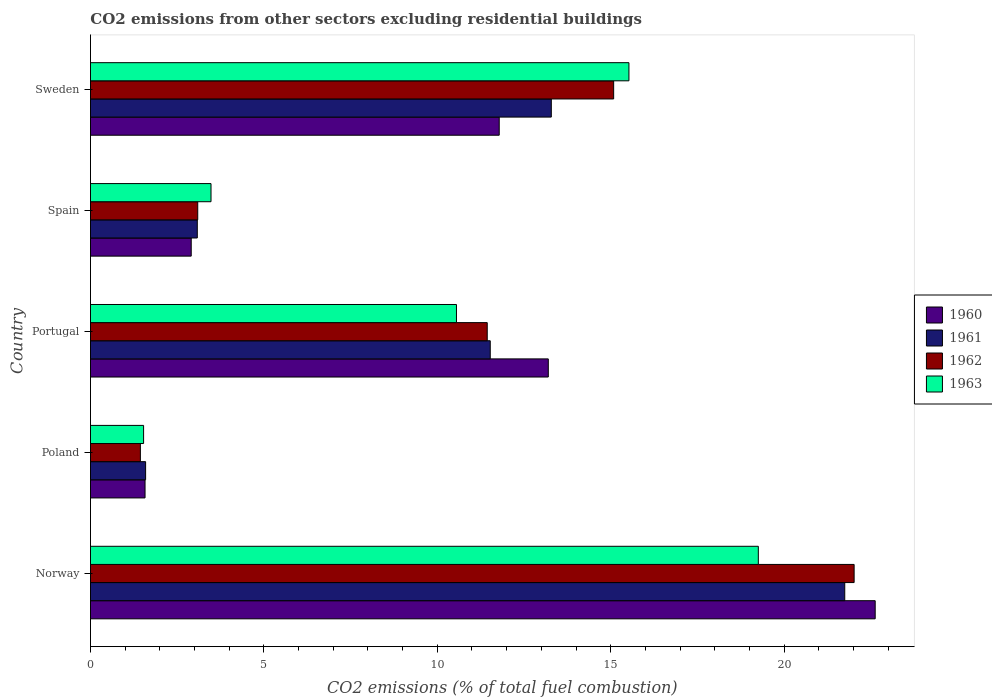
| Country | 1960 | 1961 | 1962 | 1963 |
 | --- | --- | --- | --- | --- |
 | Norway | 22.6 | 21.7 | 22 | 19.3 |
 | Poland | 1.57 | 1.59 | 1.44 | 1.53 |
 | Portugal | 13.2 | 11.5 | 11.4 | 10.6 |
 | Spain | 2.91 | 3.08 | 3.09 | 3.48 |
 | Sweden | 11.8 | 13.3 | 15.1 | 15.5 |